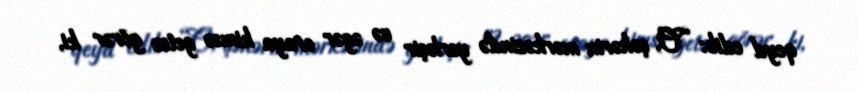
qeyd edib: “O, şəhərin mərkəzində yerləşir və əgər oraya kimsə getsə görər ki,